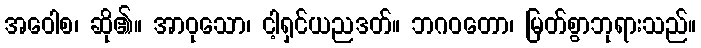
အဝေါစ၊ ဆို၏။ အာဝုသော၊ ငါ့ရှင်ယညဒတ်။ ဘဂဝတော၊ မြတ်စွာဘုရားသည်။